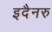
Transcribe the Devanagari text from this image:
इदैनरु